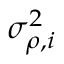
\sigma _ { \rho , i } ^ { 2 }